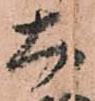
大